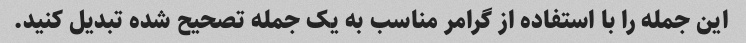
این جمله را با استفاده از گرامر مناسب به یک جمله تصحیح شده تبدیل کنید.